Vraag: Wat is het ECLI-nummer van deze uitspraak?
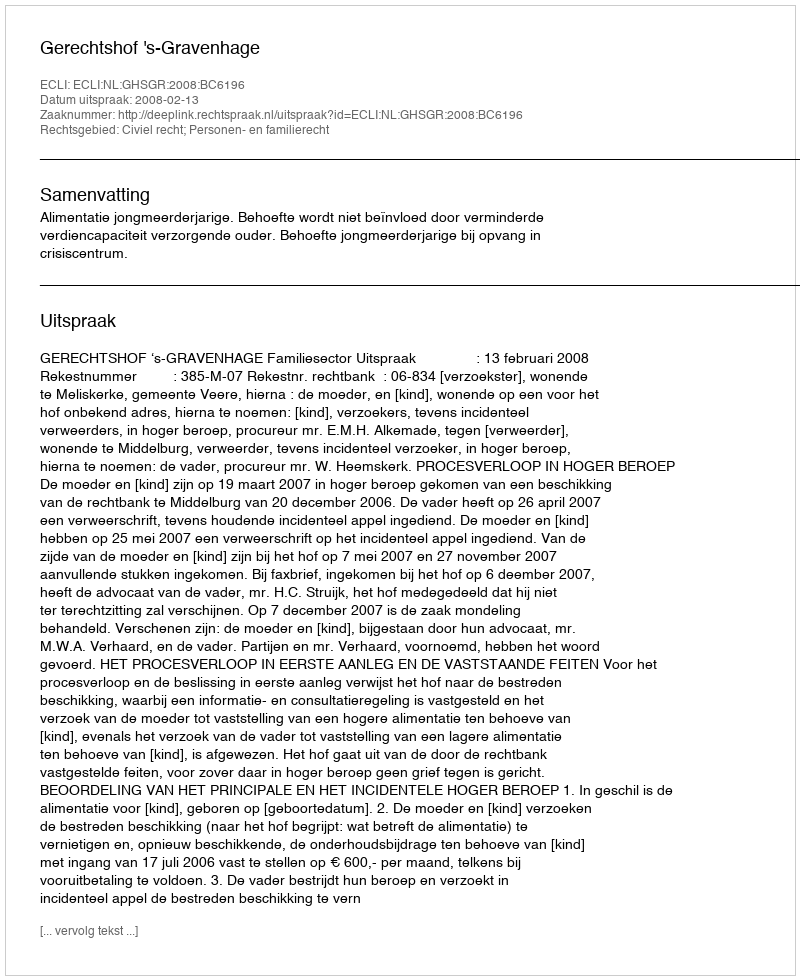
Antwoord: ECLI:NL:GHSGR:2008:BC6196